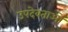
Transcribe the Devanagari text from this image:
उपदेवताओं